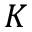
K